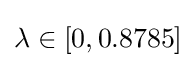
\lambda \in [0,0.8785]